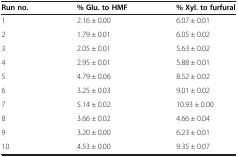
| Run no. | % Glu. to HMF | % Xyl. to furfural |
 | --- | --- | --- |
 | 1 | 2.16 ± 0.00 | 6.07 ± 0.01 |
 | 2 | 1.79 ± 0.01 | 6.05 ± 0.02 |
 | 3 | 2.05 ± 0.01 | 5.63 ± 0.02 |
 | 4 | 2.95 ± 0.01 | 5.88 ± 0.01 |
 | 5 | 4.79 ± 0.06 | 8.52 ± 0.02 |
 | 6 | 3.25 ± 0.03 | 9.01 ± 0.02 |
 | 7 | 5.14 ± 0.02 | 10.93 ± 0.00 |
 | 8 | 3.66 ± 0.02 | 4.66 ± 0.04 |
 | 9 | 3.20 ± 0.00 | 6.23 ± 0.01 |
 | 10 | 4.53 ± 0.00 | 9.35 ± 0.07 |